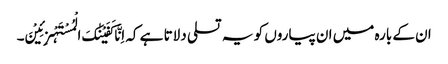
ان کے بارہ میں ان پیاروں کو یہ تسلی دلاتا ہے کہ اِنَّا کَفَیْنٰکَ الْمُسْتَہْزِئِیْنَ۔